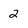
Character: 2